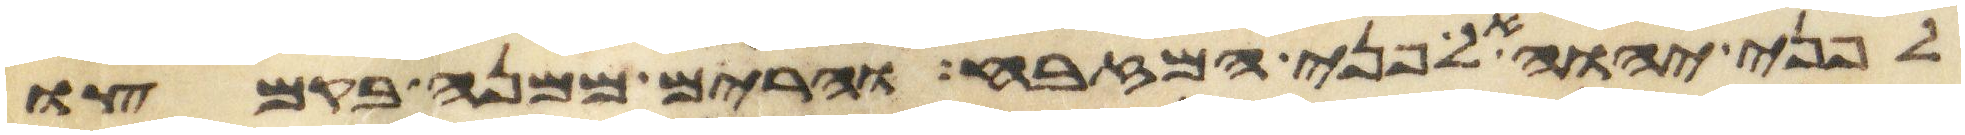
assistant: לפני יהוה אל פני המזבח והרים ממנה בקמצו